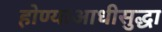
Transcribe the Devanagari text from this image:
होण्याआधीसुद्धा